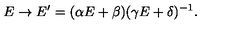
E \rightarrow E ^ { \prime } = ( \alpha E + \beta ) ( \gamma E + \delta ) ^ { - 1 } .